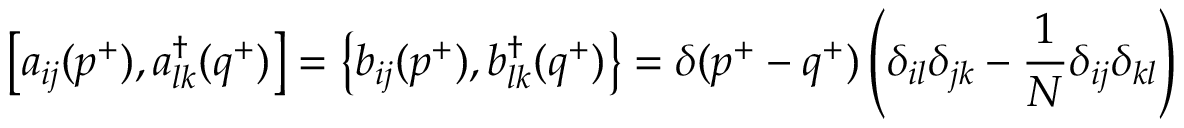
\left[ a _ { i j } ( p ^ { + } ) , a _ { l k } ^ { \dagger } ( q ^ { + } ) \right] = \left\{ b _ { i j } ( p ^ { + } ) , b _ { l k } ^ { \dagger } ( q ^ { + } ) \right\} = \delta ( p ^ { + } - q ^ { + } ) \left( \delta _ { i l } \delta _ { j k } - \frac { 1 } { N } \delta _ { i j } \delta _ { k l } \right)